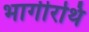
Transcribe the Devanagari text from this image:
भागीरथि